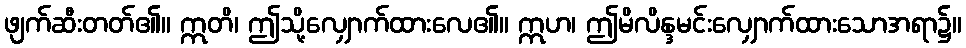
ဖျက်ဆီးတတ်၏။ ဣတိ၊ ဤသို့လျှောက်ထားလေ၏။ ဣဟ၊ ဤမိလိန္ဒမင်းလျှောက်ထားသောအရာ၌။